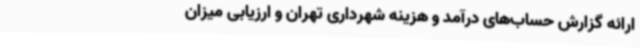
ارائه گزارش حساب‌های درآمد و هزینه شهرداری تهران و ارزیابی میزان